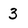
Character: 3